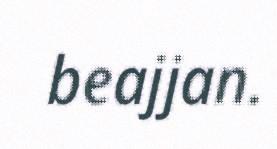
beajjan.